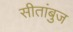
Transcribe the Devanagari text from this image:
सीतांबुज